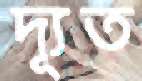
দ্যূত